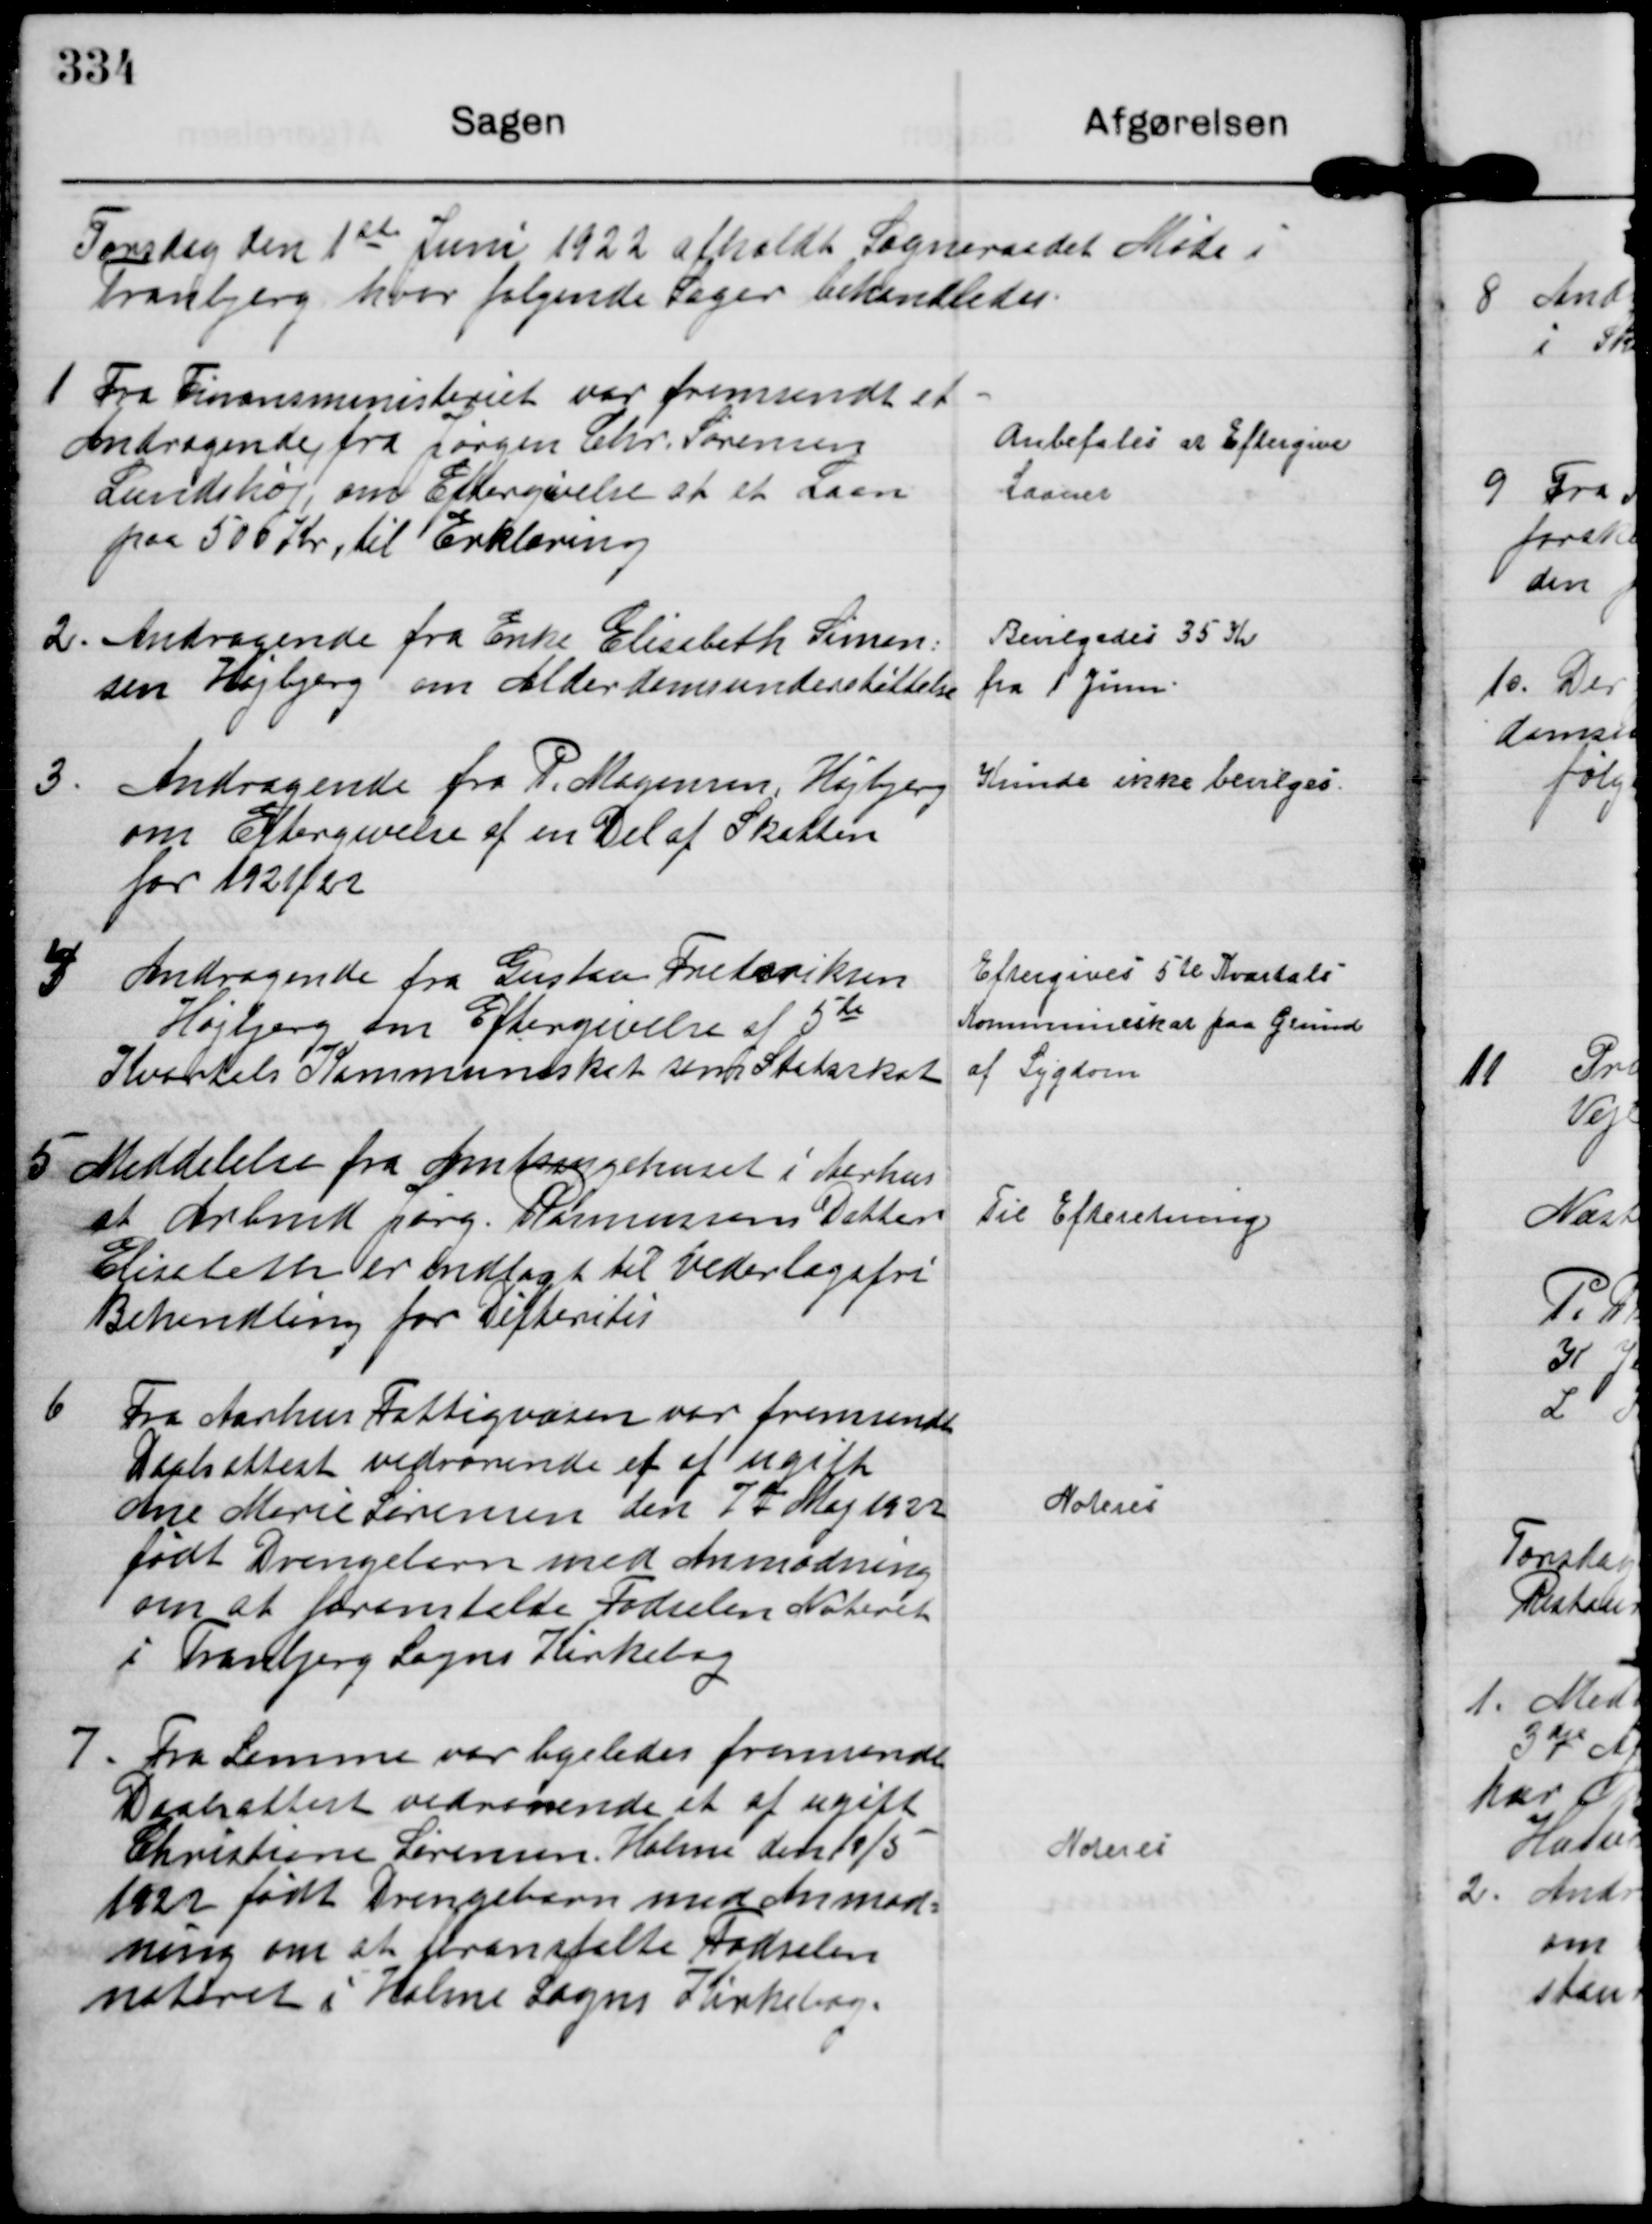
Transskription:
Torsdag den 1ste Juni 1922 afholdt Sogneraadet Møde i
Tranbjerg hvor følgende Sager behandledes.

1 Fra Finansministeriet var fremsendt et
Andragende fra Jørgen Chr. Sørensen
Lundshøj om Eftergivelse af et Laan
paa 500 Kr, til Erklæring

Anbefales at Eftergive
Laanet

2. Andragende fra Enke Elisabeth Simon-
sen Højbjerg om Alderdomsunderstøttelse

Bevilgedes 35 Kr
fra 1. Juni.

3. Andragende fra P. Mogensen, Højbjerg
om Eftergivelse af en Del af Skatten
for 1921/22

Kunde ikke bevilges.

4 Andragende fra Gustav Frederiksen
Højbjerg om Eftergivelse af 5te
Kvartals Kommuneskat som Statsskat

Eftergives 5te Kvartals
Kommuneskat paa grund
af Sygdom

5 Meddelelse fra Amtssygehuset i Aarhus
at Arbmd Jørg. Rasmussens Datter
Elisebeth er indlagt til vederlagsfri
Behandling for Difteritis

Til Efteretning.

6 Fra Aarhus Fattigvæsen var fremsendt
Daabsattest vedrørende et af ugift
Ane Marie Sørensen den 7de Maj 1922
født Drengebarn med Anmodning
om at foranstalte Fødselen Noteret
i Tranbjerg Sogns Kirkebog

Noteres

7. Fra Samme var ligeledes fremsendt
Daabsattest vedrørende et af ugift
Christiane Sørensen, Holme del 9/5
1922 født Drengebarn med Anmod-
ning om at foranstalte Fødselen
noteret i Holme Sogns Kirkebog.

Noteret